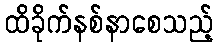
ထိခိုက်နစ်နာစေသည့်